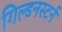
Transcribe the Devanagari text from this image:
गिल्डनस्टर्न